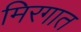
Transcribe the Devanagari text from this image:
मिरगात